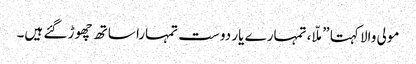
مولی والا کہتا ”ملّا، تمہارے یار دوست تمہارا ساتھ چھوڑ گئے ہیں۔